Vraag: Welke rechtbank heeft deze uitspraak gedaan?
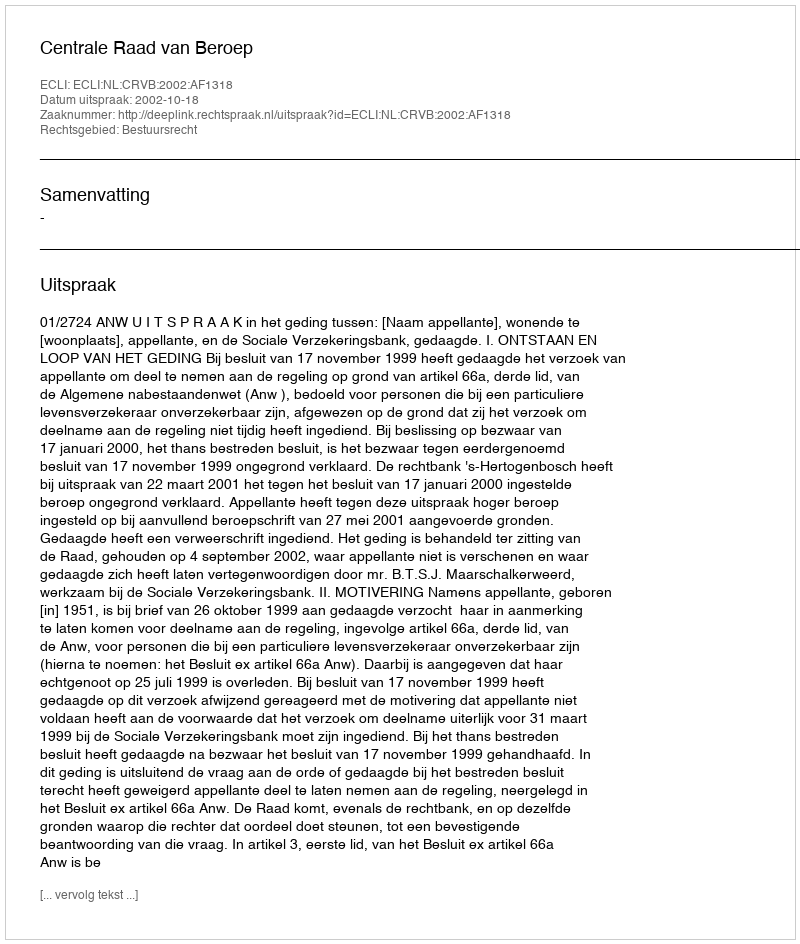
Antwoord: Centrale Raad van Beroep